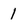
Character: 1